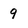
Character: 9